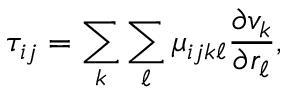
\tau _ { i j } = \sum _ { k } \sum _ { \ell } \mu _ { i j k \ell } { \frac { \partial v _ { k } } { \partial r _ { \ell } } } ,